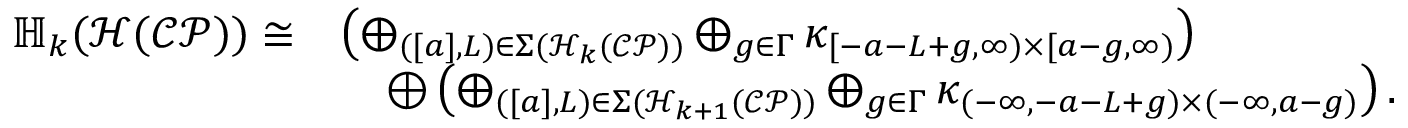
\begin{array} { r l } { \mathbb { H } _ { k } ( \mathcal { H } ( \mathcal { C P } ) ) \cong } & { \left( \bigoplus _ { ( [ a ] , L ) \in \Sigma ( \mathcal { H } _ { k } ( \mathcal { C P } ) ) } \bigoplus _ { g \in \Gamma } \kappa _ { [ - a - L + g , \infty ) \times [ a - g , \infty ) } \right) } \\ & { \quad \oplus \left( \bigoplus _ { ( [ a ] , L ) \in \Sigma ( \mathcal { H } _ { k + 1 } ( \mathcal { C P } ) ) } \bigoplus _ { g \in \Gamma } \kappa _ { ( - \infty , - a - L + g ) \times ( - \infty , a - g ) } \right) . } \end{array}